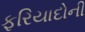
ફરિયાદોની